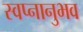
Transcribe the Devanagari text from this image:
स्वप्नानुभव